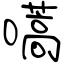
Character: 嚆